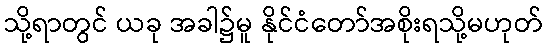
သို့ရာတွင် ယခု အခါ၌မူ နိုင်ငံတော်အစိုးရသို့မဟုတ်